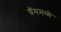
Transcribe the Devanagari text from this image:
ग्रॅममध्ये